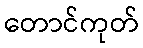
တောင်ကုတ်